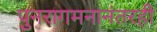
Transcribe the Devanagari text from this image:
पुनरागमनानंतरही